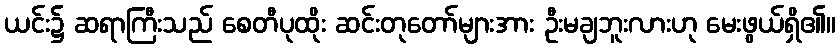
ယင်း၌ ဆရာကြီးသည် စေတီပုထိုး ဆင်းတုတော်များအား ဦးမချဘူးလားဟု မေးဖွယ်ရှိ၏။